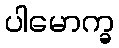
ပါမောက္ခ